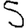
Digit: 5